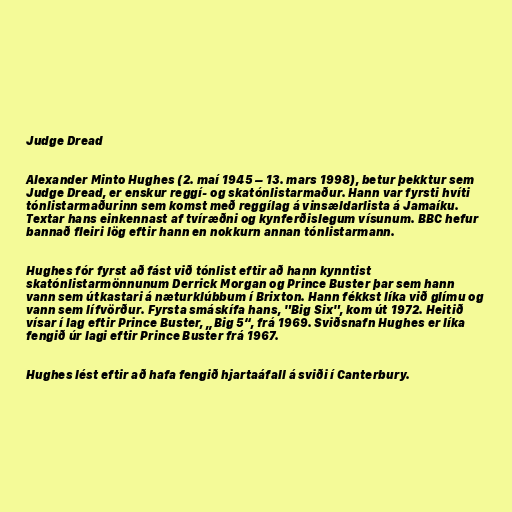
Judge Dread

Alexander Minto Hughes (2. maí 1945 – 13. mars 1998), betur þekktur sem
Judge Dread, er enskur reggí- og skatónlistarmaður. Hann var fyrsti hvíti
tónlistarmaðurinn sem komst með reggílag á vinsældarlista á Jamaíku.
Textar hans einkennast af tvíræðni og kynferðislegum vísunum. BBC hefur
bannað fleiri lög eftir hann en nokkurn annan tónlistarmann.

Hughes fór fyrst að fást við tónlist eftir að hann kynntist
skatónlistarmönnunum Derrick Morgan og Prince Buster þar sem hann
vann sem útkastari á næturklúbbum í Brixton. Hann fékkst líka við glímu og
vann sem lífvörður. Fyrsta smáskífa hans, "Big Six", kom út 1972. Heitið
vísar í lag eftir Prince Buster, „Big 5“, frá 1969. Sviðsnafn Hughes er líka
fengið úr lagi eftir Prince Buster frá 1967.

Hughes lést eftir að hafa fengið hjartaáfall á sviði í Canterbury.